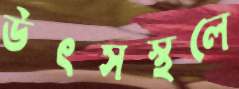
উৎসস্থলে